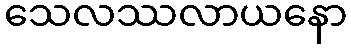
သေလဿလာယနော